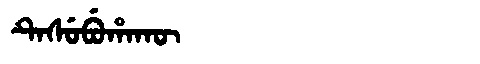
Manchu: ᡨᡝᠰᡠᠪᡠᡥᠠᡴᡡ
Romanization: TESUBUHAKŪ